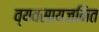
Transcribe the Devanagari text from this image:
व्यवसायजनित